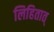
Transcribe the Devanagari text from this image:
लिहितात्